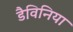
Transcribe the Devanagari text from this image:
डैविनिया